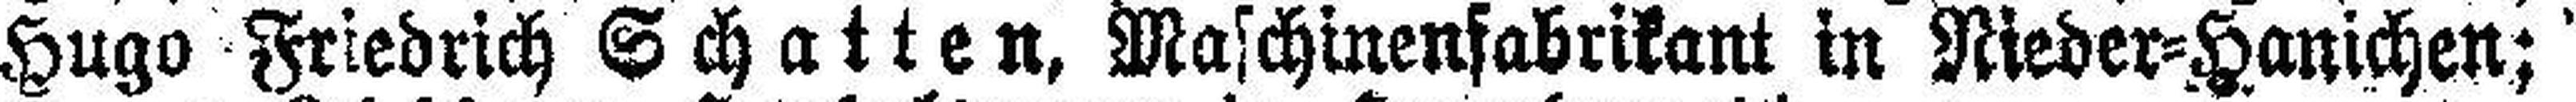
Hugo Friedrich Schatten, Maschinenfabrikant in Nieder=Hanichen;